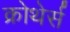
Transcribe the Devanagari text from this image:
क्रोथेर्स